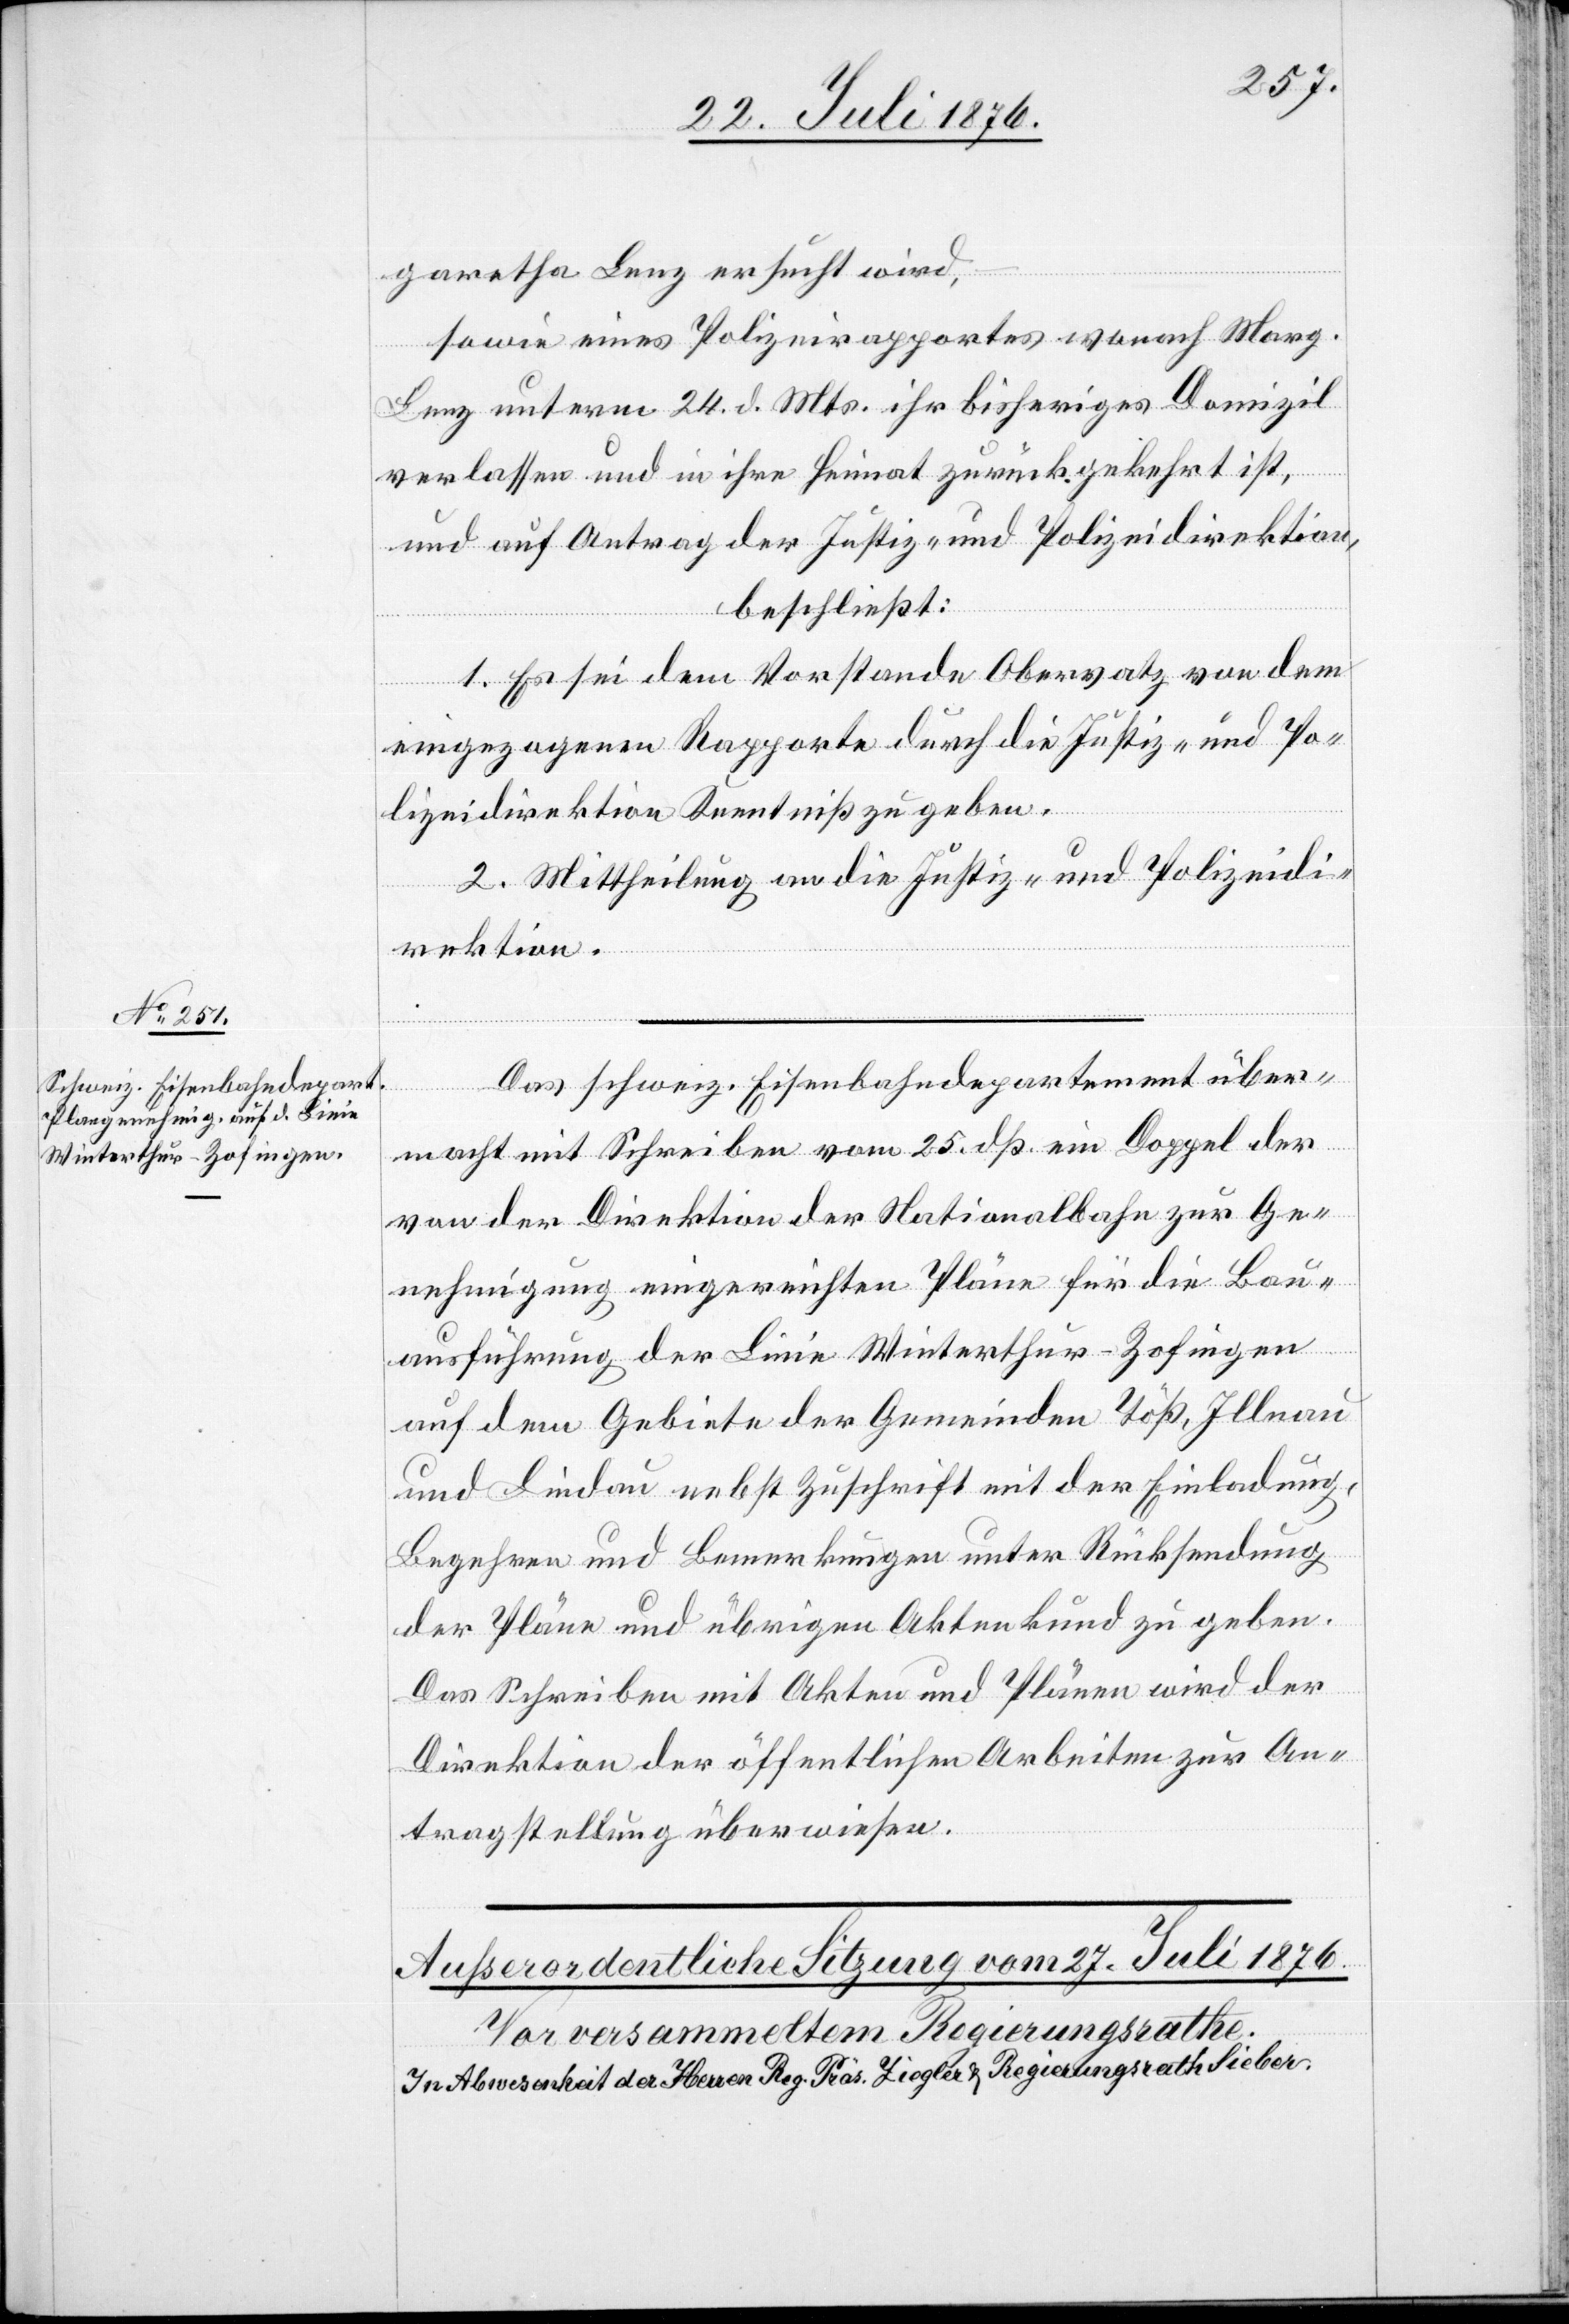
26. Juli 1876.]
über¬
garetha Lenz ersucht wird,
sowie eines Polizeirapportes wonach Marg.
Lenz unterm 24. d. Mts. ihr bisheriges Domizil
verlassen und in ihre Heimat zurückgekehrt ist,
und auf Antrag der Justiz- und Polizeidirektion,
beschließt:
1. Es sei dem Vorstande Obervatz von dem
eingezogenen Rapporte durch die Justiz- und Po¬
lizeidirektion Kenntniß zu geben.
2. Mittheilung an die Justiz- und Polizeidi¬
rektion.
und
macht mit Schreiben vom 25. dß ein Doppel der
von der Direktion der Nationalbahn zur Ge¬
nehmigung eingereichten Pläne für die Bau¬
ausführung der Linie Winterthur–Zofingen
auf dem Gebiete der Gemeinden Töß, Illnau
und Lindau nebst Zuschrift mit der Einladung,
Begehren und Bemerkungen unter Rücksendung
der Pläne und übrigen Akten kund zu geben.
Das Schreiben mit Akten und Plänen wird der
Direktion der öffentlichen Arbeiten zur An¬
tragstellung überwiesen.